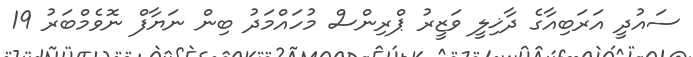
ސައުދީ އަރަބިއާގެ ދާޚިލީ ވަޒީރު ޕްރިންސް މުހައްމަދު ބިން ނަޔާފް ނޮވެމްބަރު 19